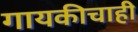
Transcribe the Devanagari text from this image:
गायकीचाही